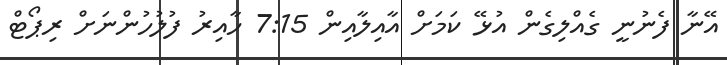
އޭނާ ފެނުނީ ގެއްލިގެން އުޅޭ ކަމަށް އާއިިލާއިން 7:15 ހާއިރު ފުލުހުންނަށް ރިޕޯޓް